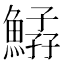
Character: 𩹆